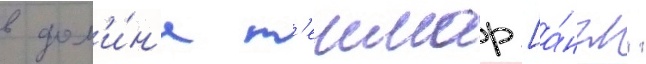
в дол'и́н'е т'еимар [а́нгл.